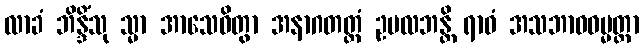
လာခံ ဘိန္ဒိံသု သ္မာ အာသေဝိတွာ အနာဂတတ္ထံ ဥပလဘန္တိ ရာဓံ အသဘာဝဓမ္မတ္တာ